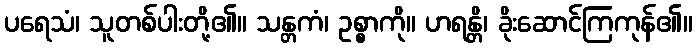
ပရေသံ၊ သူတစ်ပါးတို့၏။ သန္တကံ၊ ဥစ္စာကို။ ဟရန္တိ၊ ခိုးဆောင်ကြကုန်၏။